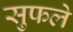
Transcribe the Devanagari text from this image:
सुफले